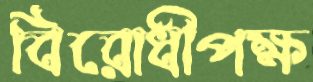
বিরোধীপক্ষ